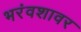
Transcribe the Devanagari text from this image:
भरंवशावर